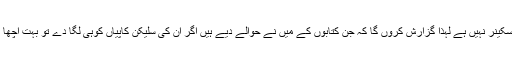
میرے پاس سکینر نہیں ہے لہذا گزارش کروں گا کہ جن کتابوں کے میں نے حوالے دیے ہیں اگر ان کی سلیکن کاپیاں کوہی لگا دے تو بہت اچھا ہو جاے گا ۔